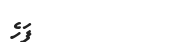
ފަހެ